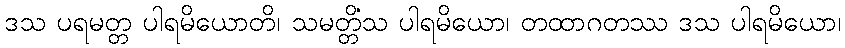
ဒသ ပရမတ္တ ပါရမိယောတိ၊ သမတ္တိံသ ပါရမိယော၊ တထာဂတဿ ဒသ ပါရမိယော၊